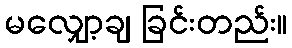
မလျှော့ချ ခြင်းတည်း။